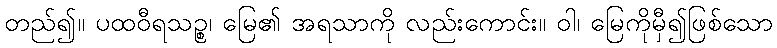
တည်၍။ ပထဝီရသဉ္စ၊ မြေ၏ အရသာကို လည်းကောင်း။ ဝါ၊ မြေကိုမှီ၍ဖြစ်သော